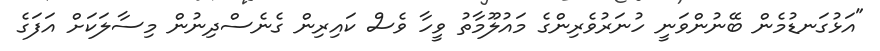
"އަޅުގަނޑުމެން ބޭނުންވަނީ ހުނަރުވެރިންގެ މައުލޫމާތު ވީހާ ވެސް ކައިރިން ގެނެސްދިނުން މިސާލަކަށް އަފަގެ